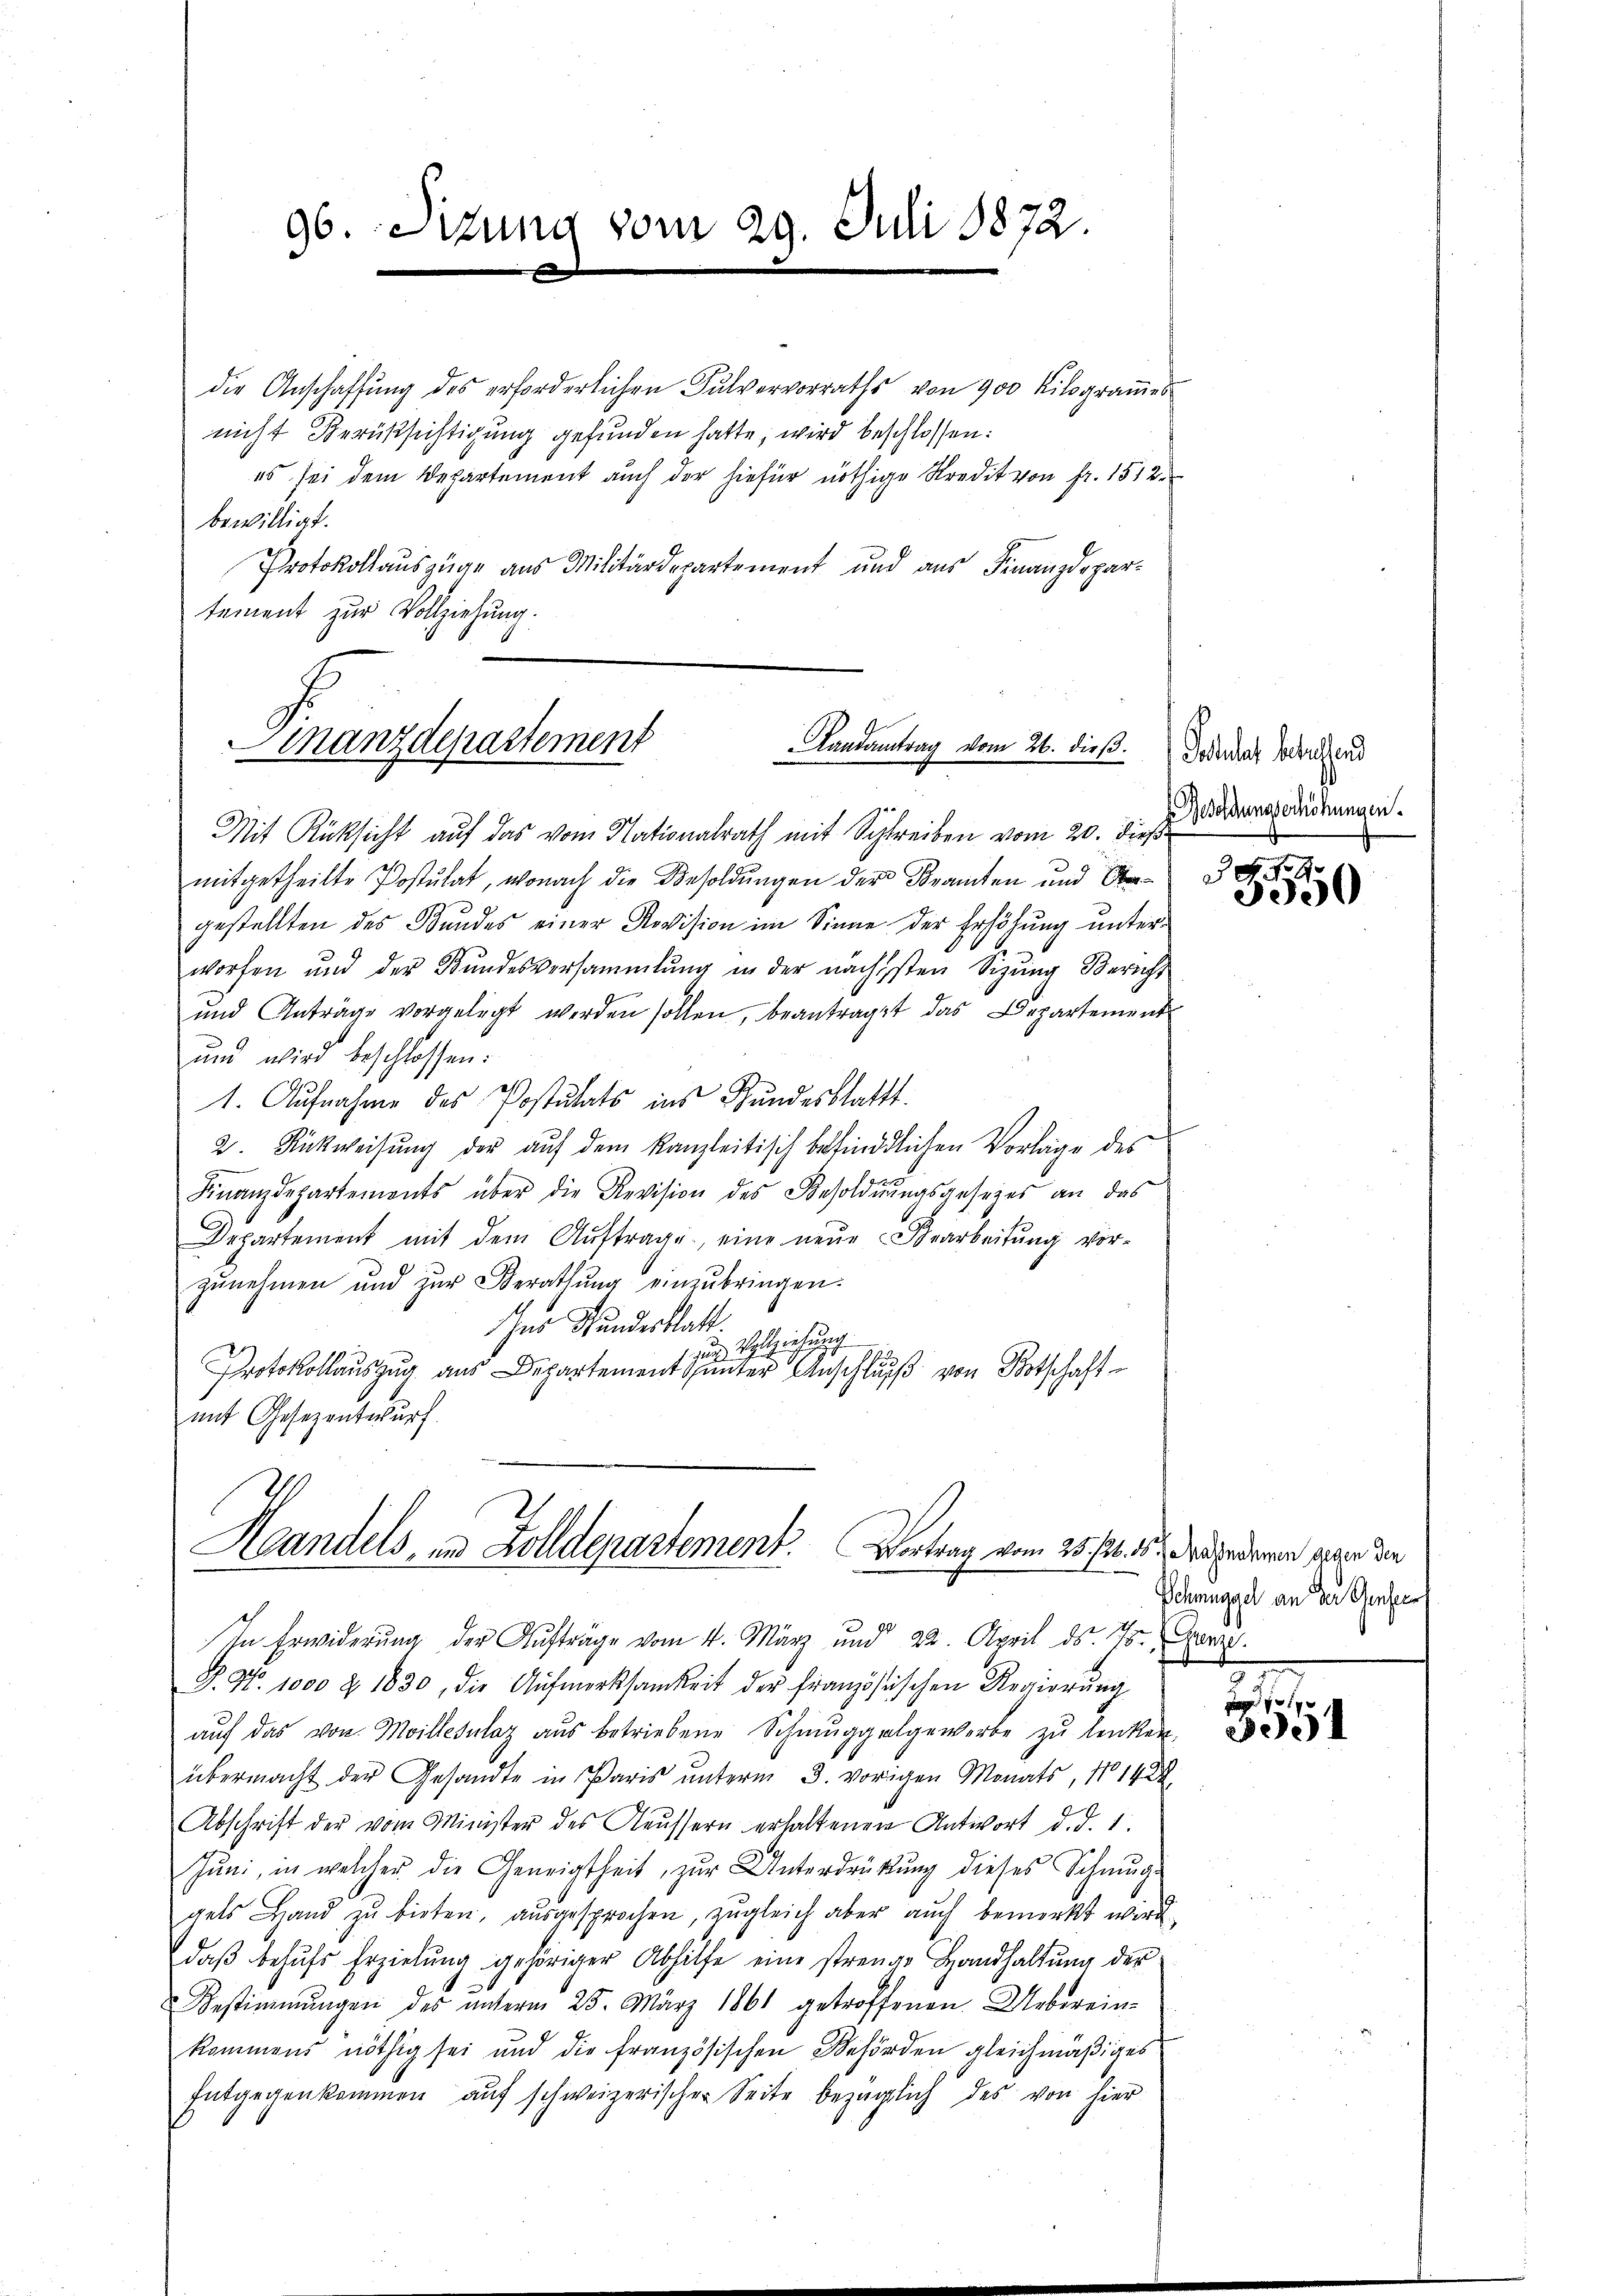
96. Sit

Zung

vom 29. Juli 1872

die Anschaffung des erforderlichen Fulvervorraths von 900 Kilogrammes
nicht Berüksichtigung gefunden hatte, wird beschlossen:
es sei dem Departement auch der hiefür nöthige Kredit von fr. 1512
bewilligt.
Protokollauszüge aus Militärdepartement und aus Finanzdepartement zur Vollziehung.

Landantrag vom 26. dieβ.
Finanzdepartement

Mit Rücksicht auf das vom Nationalrath mit Schreiben vom 20. dieß
mitgetheilte Postulat, wonach die Besoldungen der Bramten und Sagestellten des Bundes einer Revision im Sinne der Erhöhung unter-
worfen und der Bŭndesversammlung in der nächsten Sizŭng Bericht
und Anträge vorgelegt werden sollen, beantragst das Departement
und wird beschlossen:
1. Aufnahme des Postulats ins Bundesblattt.
2. Rückweisung der auf dem Kanzleitisch befindlichen Vorlage des
Finanzdepartements über die Revision des Besoldŭngsgesezes an das
Departement mit dem Auftrage, eine neue Bearbeitung vorzŭnehmen und zur Berathung einzŭbringen.
e Hundesblatt.
1 zum Vollziehung
Protokollauszug aus Departements unter Anschluß von Botschaftmit Gesezentwurf.
Heandels, und Zolldepartement. Vortrag vom 25. fl. 15. Der Erdenen sogen die
In Erwiderung der Aufträge vom 4. März und 22. April ds. 75. Gerz.
P. Nr. 1000 & 1830, die Aŭfmerksamkeit der französischen Regierŭng
auf das von Meilletulaz aus betriebene Schmuggelgewerbe zu lenken,
übermacht der Gesandte in Paris ŭnterm 3. vorigen Monats, No 1422.
Abschrift der vom Minister des Neŭssern erhaltenen Antwort d. d. 1.
Jŭni, in welcher die Geneigtheit zŭr Unterdrükŭng dieses Schmuge
gels Hand zu bieten, ausgesprochen, zugleich aber auch bemerkt wird.
daβ behŭfs Erzielung gehöriger Abhilfe eine strenge Handhaltŭng der
u Bestimmungen des ŭnterm 25. März 1861 getroffenen Ueberein-
kommens nöthig sei und die französischen Behörden gleichmäßiges
Entgegenkommen aŭf schweizerischer Seite bezüglich des von hier

Potulat betreffend
Besoldungserhöhungen.

G 9
3000

Schmuggel an der Genfer

.
3951